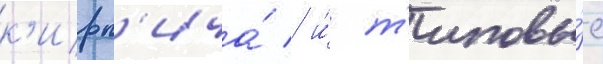
к'ирп'ича́ / и́ т'иповы́е